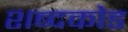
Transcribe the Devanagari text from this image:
शब्दकोड